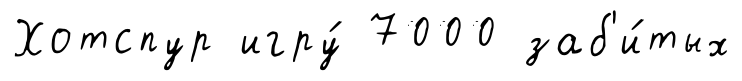
Хотспур игру́ 7000 заб'и́тых